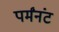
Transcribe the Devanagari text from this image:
पर्मंनंट